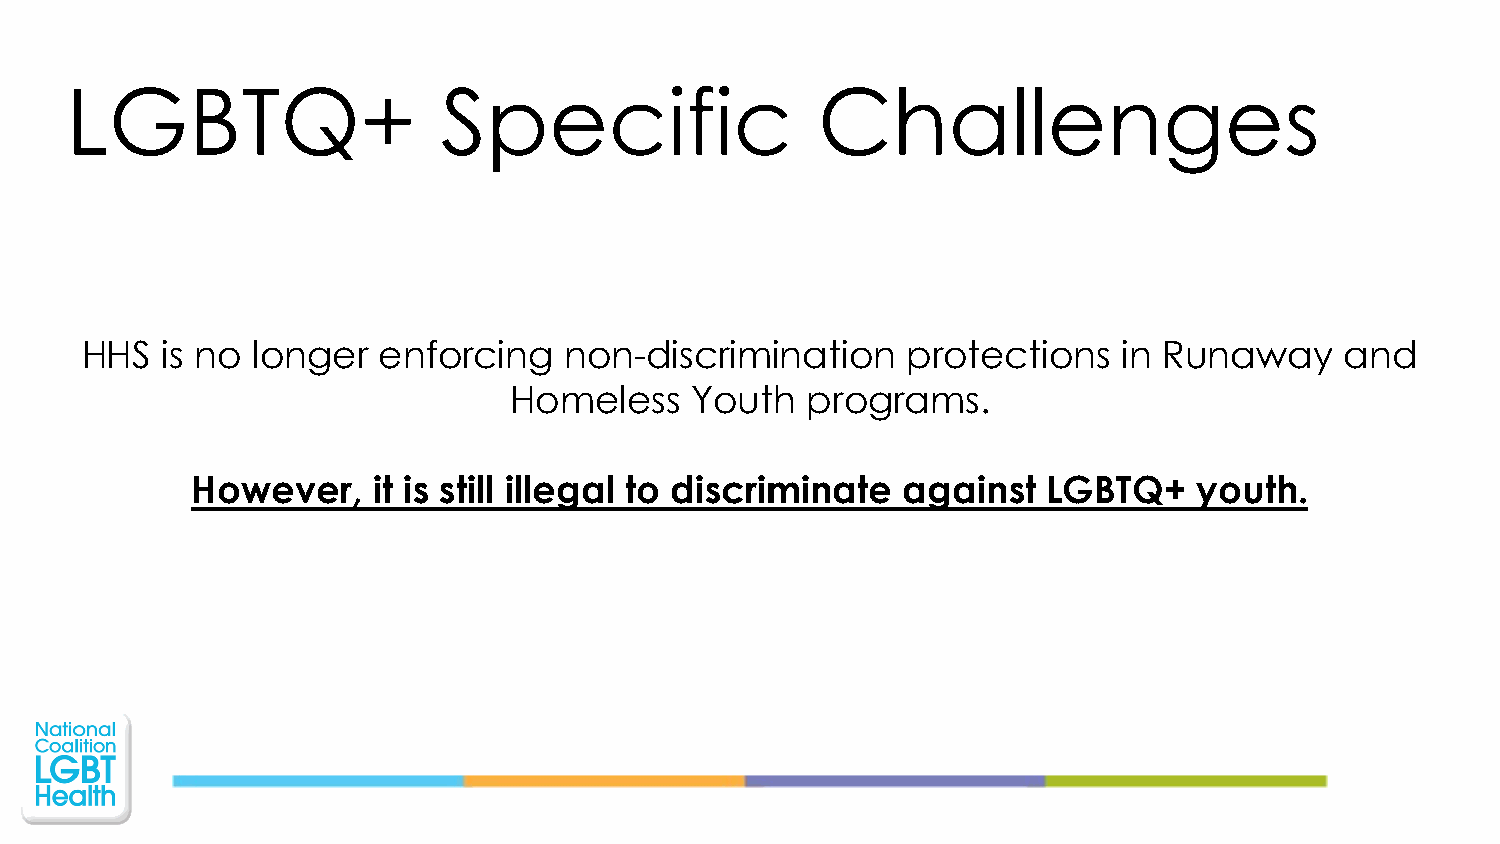
LGBTQ+                   Specific                 Challenges
 HHS   is no longer  enforcing   non-discrimination     protections   in Runaway     and
 Homeless    Youth  programs.
 However,    it is still illegal to discriminate against LGBTQ+    youth.